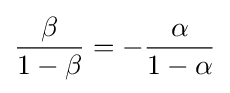
{\frac {\beta }{1-\beta }}=-{\frac {\alpha }{1-\alpha }}